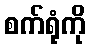
စက်ရုံကို